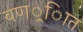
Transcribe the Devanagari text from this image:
वणर््िात